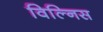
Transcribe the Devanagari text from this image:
विल्निस